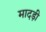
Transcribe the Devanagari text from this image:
मादड़ी